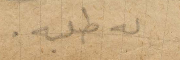
له طلبه.